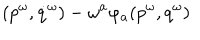
( p ^ { \omega } , { \dot { q } ^ { \omega } } ) - \omega ^ { a } \varphi _ { a } ( p ^ { \omega } , q ^ { \omega } )